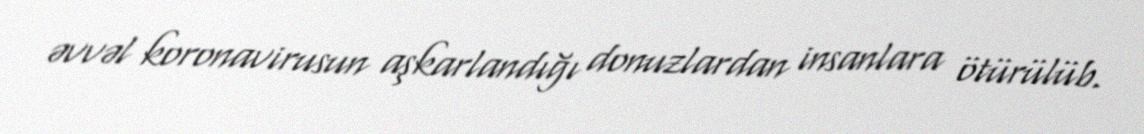
əvvəl koronavirusun aşkarlandığı donuzlardan insanlara ötürülüb.